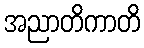
အညာတိကာတိ